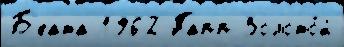
Б'еата 1962 Папп Золото́й